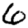
Digit: 6